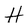
Character: H